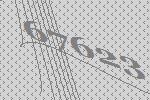
67623